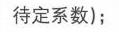
待定系数法);